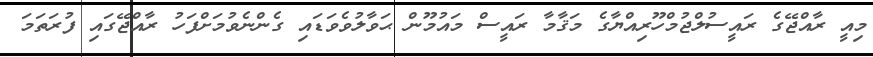
މިއީ ރާއްޖޭގެ ރައީސުލްޖުމްހޫރިއްޔާގެ މަޤާމާ ރައީސް މައުމޫން ޙަވާލުވެވަޑައި ގެންނެވުމަށްފަހު ރާއްޖޭގައި ފުރަތަމަ